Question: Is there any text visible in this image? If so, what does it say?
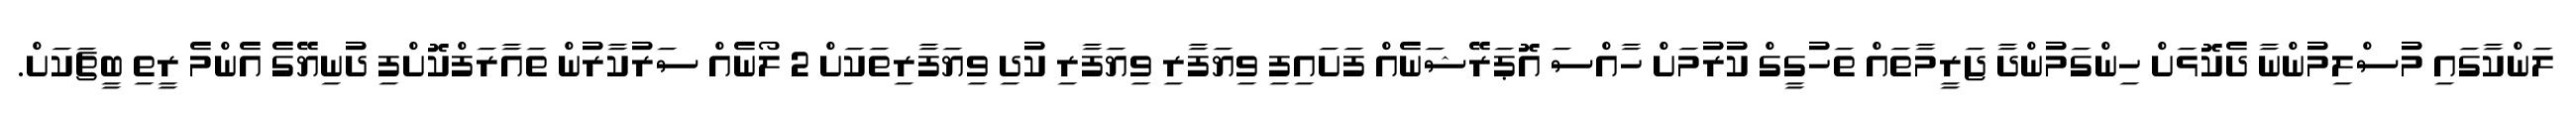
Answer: ލަންކާގައި މުސްލިމުންނާ ދެކޮޅަށް ހިންގަމުންދާ ޖަރީމާތައް ތަހުގީގް ކުރުމަށް ހާއްސަ އޮޕަރޭޝަނެއް ފަށައިފި ވިޔަފާރި ވިޔަފާރި ކުދި ވިޔަފާރިތަކަށް 2 ލޯނެއް ސަރުކާރުން ތައާރަފްކޮށްފި ދުނިޔޭގެ އެންމެ ރީތި ބީޗަކަށް.